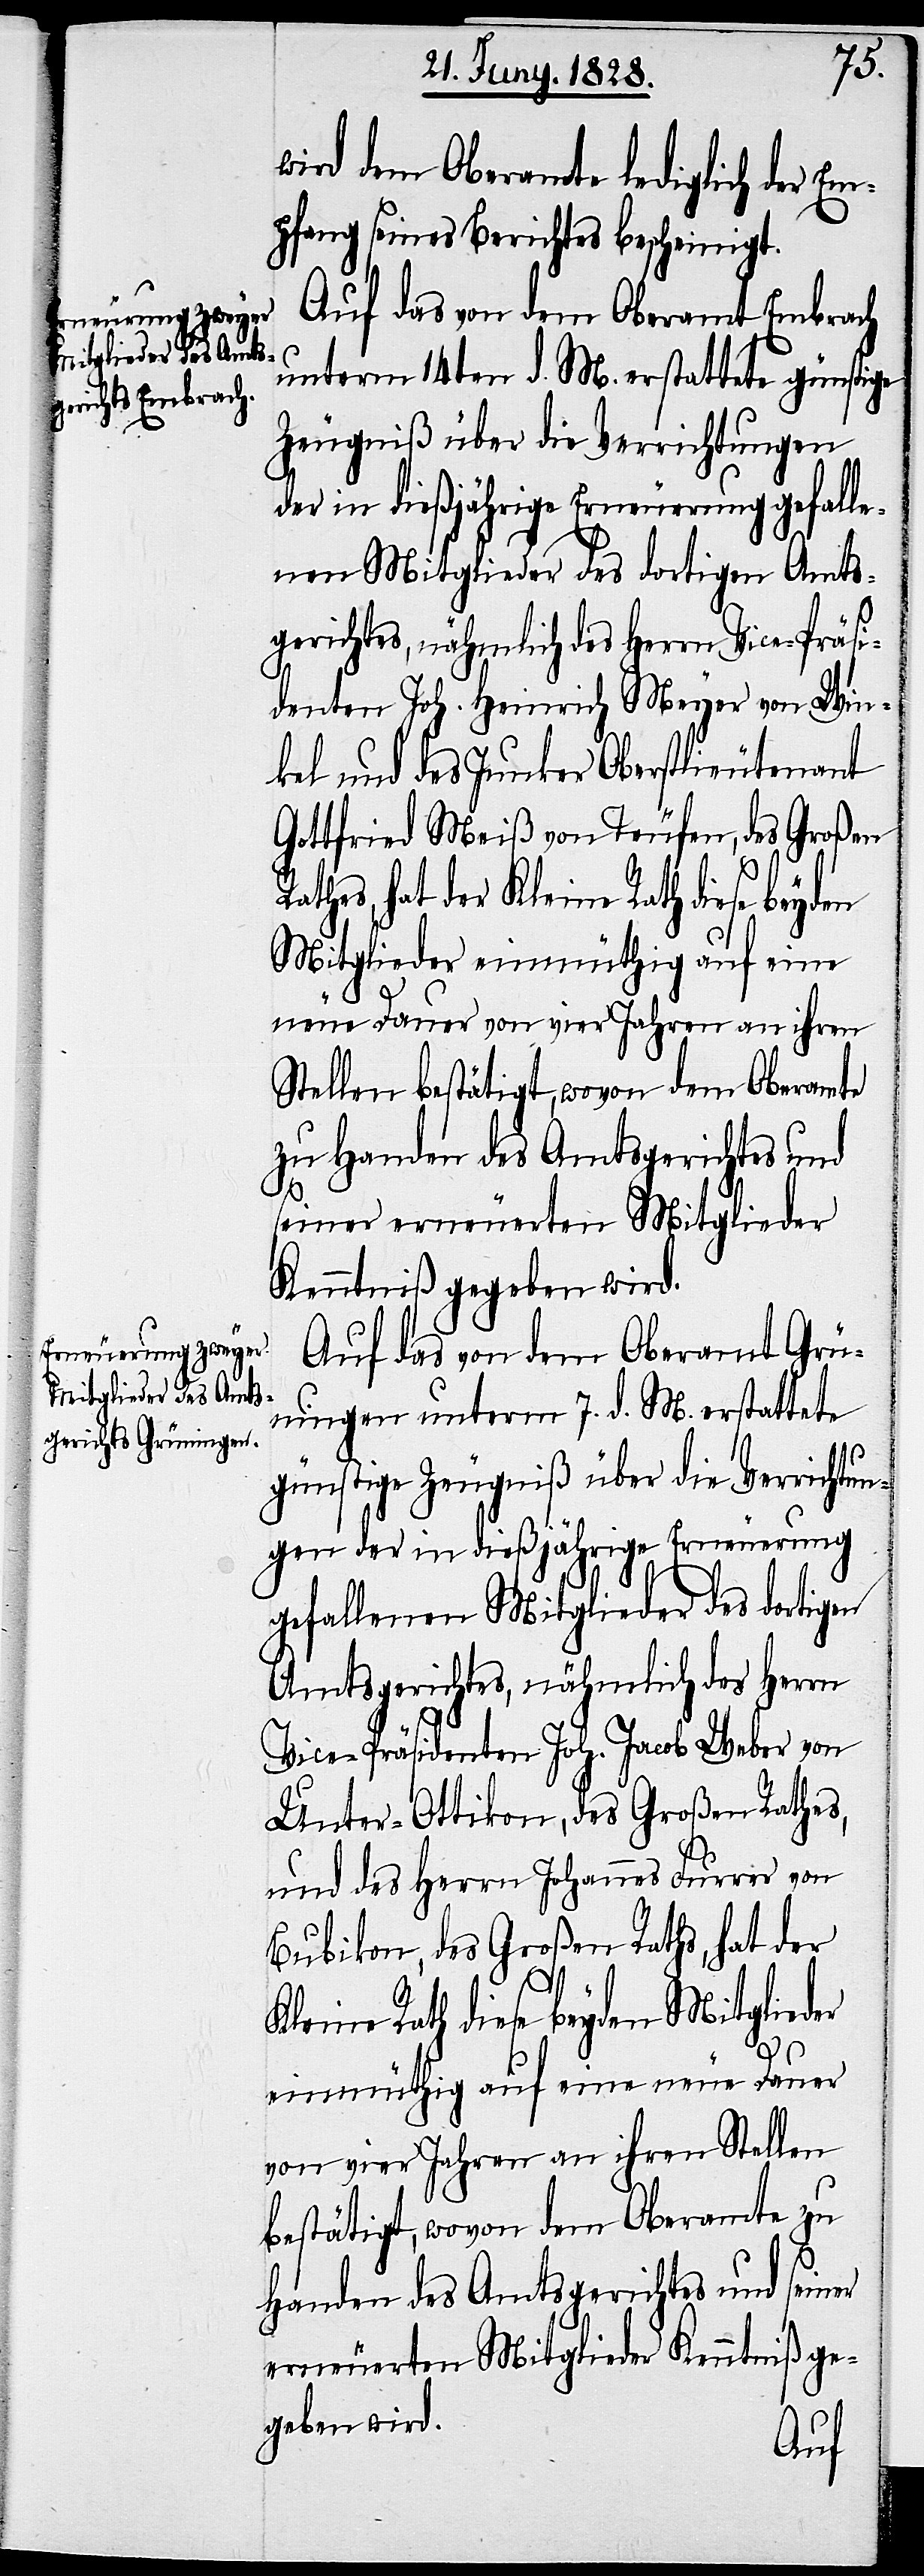
wird dem Oberamte lediglich der Em¬
pfang seines Berichtes bescheinigt.
Auf das von dem Oberamt Embrach
unterm 14ten d. M. erstattete günstige
Zeugniß über die Verrichtungen
der in dießjährige Erneuerung gefall¬
enen Mitglieder des dortigen Amts¬
gerichtes, nähmlich des Herrn Vice-Präsi¬
denten Joh. Heinrich Meyer von Win¬
kel und des Junker Oberstlieutenant
Gottfried Meiß von Teufen, des Großen
hat der Kleine Rath diese beyden
Mitglieder einmüthig auf eine
neue Dauer von vier Jahren an ihren
Stellen bestätigt, wovon dem Oberamte
zu Handen des Amtsgerichtes und
seiner erneuerten Mitglieder
Kenntniß gegeben wird.
Auf das von dem Oberamt Grü¬
ningen unterm 7. d. M. erstattete
günstige Zeugniß über die Verrichtun¬
gen der in dießjährige Erneuerung
gefallenen Mitglieder des dortigen
Amtsgerichtes, nähmlich des Herrn
Vice-Präsidenten Joh. Jacob Weber von
Unter-Ottikon, des Großen Rathes,
und des Herrn Johannes Furrer von
Bubikon, des Großen Raths, hat der
Kleine Rath diese beyden Mitglieder
einmüthig auf eine neue Dauer
von vier Jahren an ihren Stellen
bestätigt, wovon dem Oberamte zu
Handen des Amtsgerichtes und seiner
erneuerten Mitglieder Kenntniß ge¬
geben wird.